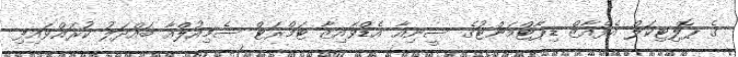
ގެ ޕޮލިޓިކަލް އެފެއާޒް ޑިޕާޓްމަންޓުގެ ސީނިއާ އެޑްވައިޒާ ޓަމްރަޓް ސެމިއުލްއާ ބައްދަލު ކުރައްވައިފި